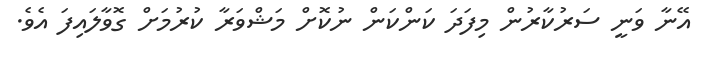
އޭނާ ވަނީ ސަރުކާރުން މިފަދަ ކަންކަން ނުކޮށް މަޝްވަރާ ކުރުމަށް ގޮވާލައިފަ އެވެ.